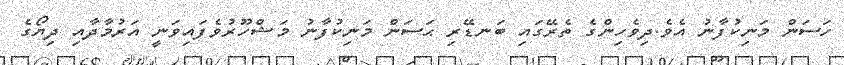
ހަސަން މަނިކުފާނު އެވެ.ދިވެހިންގެ ތެރޭގައި ބަނޑޭރި ޙަސަން މަނިކުފާނު މަޝްހޫރުވެފައިވަނީ އަރުމާދާއި ދިޔޯގެ